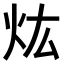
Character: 𤆠